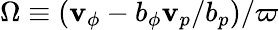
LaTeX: \Omega\equiv(\mathbf{v}_{\phi}-b_{\phi}\mathbf{v}_{p}/b_{p})/\varpi